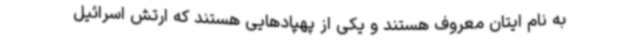
به نام ایتان معروف هستند و یکی از پهپادهایی هستند که ارتش اسرائیل